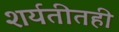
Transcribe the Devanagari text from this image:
शर्यतीतही